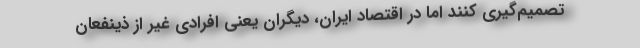
تصمیم‌گیری کنند اما در اقتصاد ایران، دیگران یعنی افرادی غیر از ذینفعان